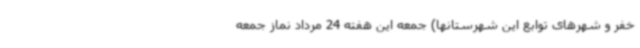
خفر و شهرهای توابع این شهرستانها) جمعه این هفته 24 مرداد نماز جمعه